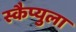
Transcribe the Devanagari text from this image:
स्कैप्युला